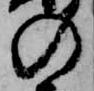
の